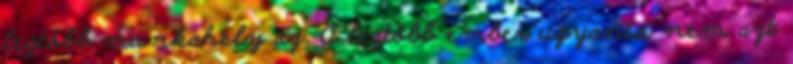
legtöbb munkahely az. A legtöbb ember ugyanis nem azt